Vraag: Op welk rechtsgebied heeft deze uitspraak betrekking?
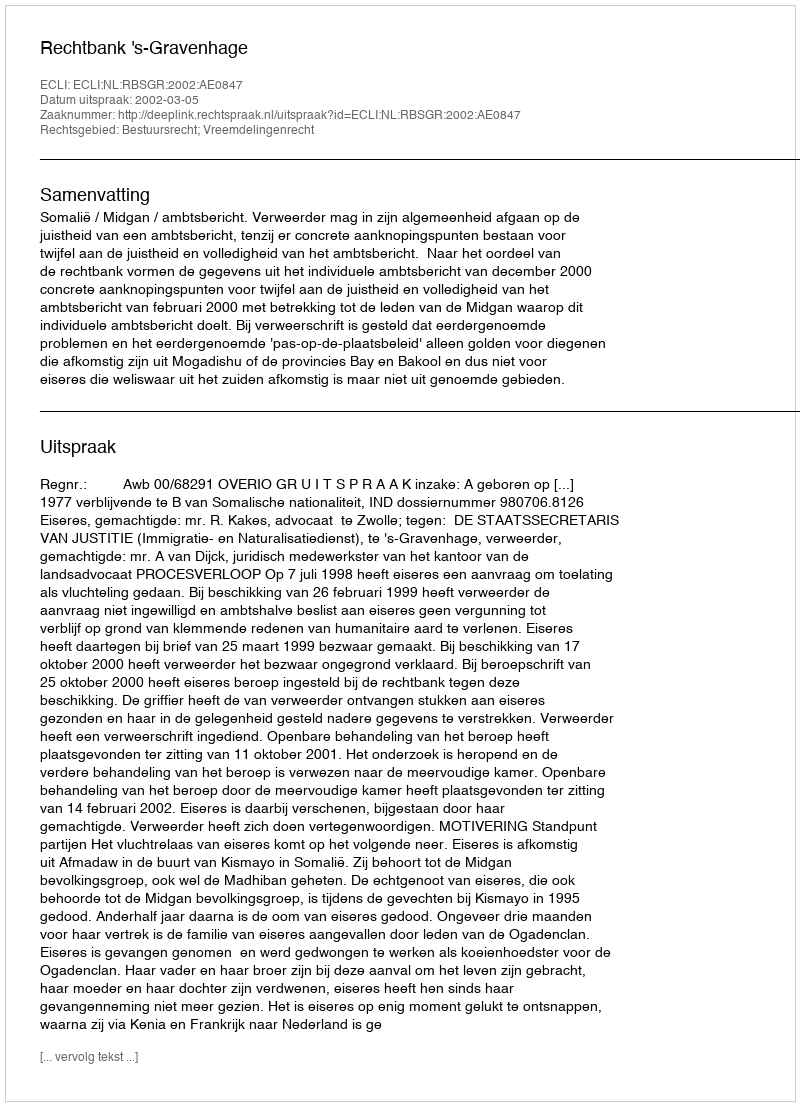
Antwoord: Bestuursrecht; Vreemdelingenrecht